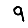
Digit: 9